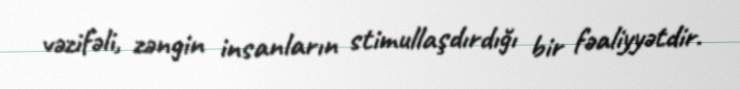
vəzifəli, zəngin insanların stimullaşdırdığı bir fəaliyyətdir.